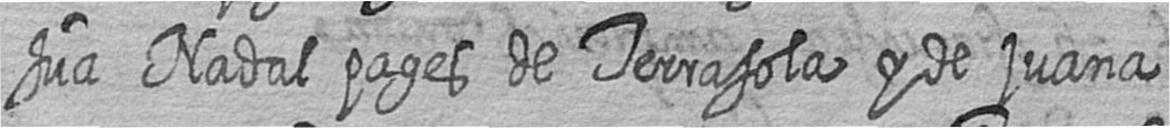
Jua Nadal pages de Terrasola y de juana